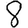
Digit: 8